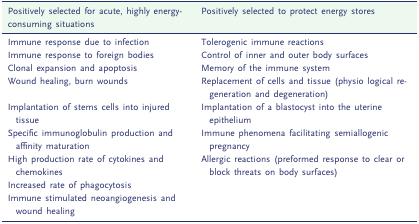
<table><thead><tr><td><b>Positively selected for acute, highly energy-consuming situations</b></td><td><b>Positively selected to protect energy stores</b></td></tr></thead><tbody><tr><td>Immune response due to infection</td><td>Tolerogenic immune reactions</td></tr><tr><td>Immune response to foreign bodies</td><td>Control of inner and outer body surfaces</td></tr><tr><td>Clonal expansion and apoptosis</td><td>Memory of the immune system</td></tr><tr><td>Wound healing, burn wounds</td><td>Replacement of cells and tissue (physio logical regeneration and degeneration)</td></tr><tr><td>Implantation of stems cells into injured tissue</td><td>Implantation of a blastocyst into the uterine epithelium</td></tr><tr><td>Specific immunoglobulin production and affinity maturation</td><td>Immune phenomena facilitating semiallogenic pregnancy</td></tr><tr><td>High production rate of cytokines and chemokines</td><td>Allergic reactions (preformed response to clear or block threats on body surfaces)</td></tr><tr><td>Increased rate of phagocytosis</td><td></td></tr><tr><td>Immune stimulated neoangiogenesis and wound healing</td><td></td></tr></tbody></table>